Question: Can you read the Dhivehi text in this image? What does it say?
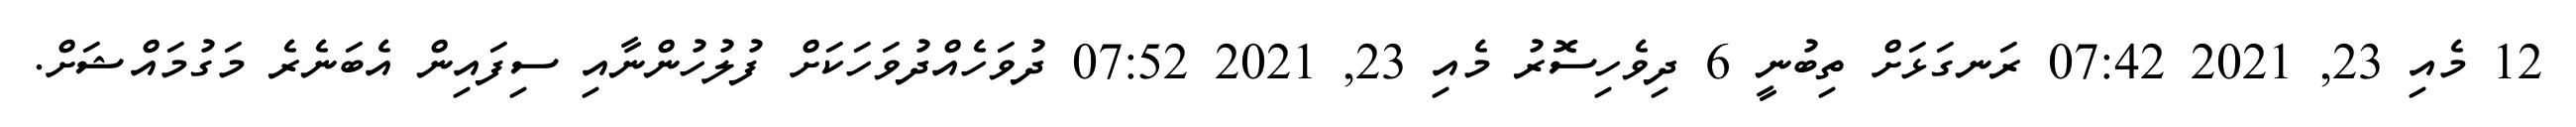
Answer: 12 މެއި 23, 2021 07:42 ރަނގަޅަށް ތިބުނީ 6 ދިވެހިސޮރު މެއި 23, 2021 07:52 ދުވަހެއްދުވަހަކަށް ފުލުހުންނާއި ސިފައިން އެބަނެރެ މަގުމައްޝަށް.